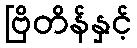
ဗြိတိန်နှင့်